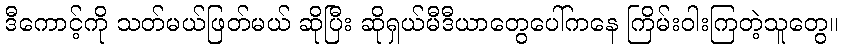
ဒီကောင့်ကို သတ်မယ်ဖြတ်မယ် ဆိုပြီး ဆိုရှယ်မီဒီယာတွေပေါ်ကနေ ကြိမ်းဝါးကြတဲ့သူတွေ။